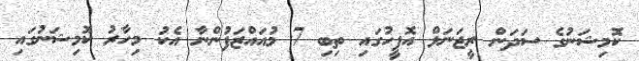
ކޮމިޝަނުގެ ސަދަން ރީޖަނަލް އޮފީހުގައި ތިބި 7 މުއައްޒަފުންނާ އެކު މިހާރު ކޮމިޝަނުގައި